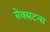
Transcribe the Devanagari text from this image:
सेक्सटन्स